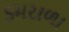
ડમરાળા